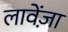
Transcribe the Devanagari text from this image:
लावेंज़ा